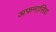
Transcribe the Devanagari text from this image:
अफनासिय